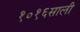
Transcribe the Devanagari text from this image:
१०१६साली